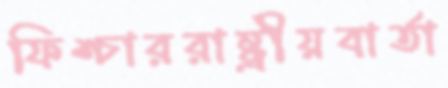
ফিশ্চাররাষ্ট্রীয়বার্তা